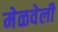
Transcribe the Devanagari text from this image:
मेळवेली